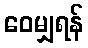
ဝေမျှရန်